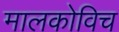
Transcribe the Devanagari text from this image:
मालकोविच